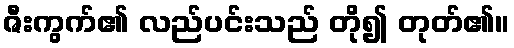
ဇီးကွက်၏ လည်ပင်းသည် တို၍ တုတ်၏။